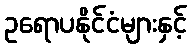
ဥရောပနိုင်ငံများနှင့်